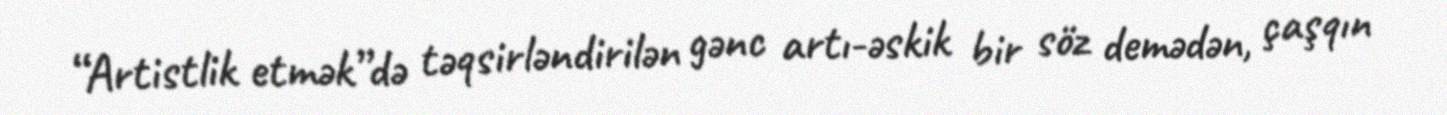
“Artistlik etmək”də təqsirləndirilən gənc artı-əskik bir söz demədən, çaşqın